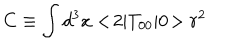
LaTeX: C \equiv \int d ^ { 3 } x < \! 2 | T _ { 0 0 } | 0 \! > r ^ { 2 }